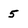
Character: 5